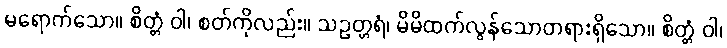
မရောက်သော။ စိတ္တံ ဝါ၊ စတ်ကိုလည်း။ သဥတ္တရံ၊ မိမိထက်လွန်သောတရားရှိသော။ စိတ္တံ ဝါ၊